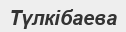
Түлкібаева